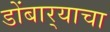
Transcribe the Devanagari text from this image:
डोंबार्‍याचा